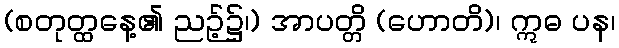
(စတုတ္ထနေ့၏ ညဉ့်၌၊) အာပတ္တိ (ဟောတိ)၊ ဣဓ ပန၊